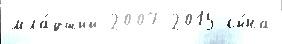
мла́дший 2007 2015 сы́на